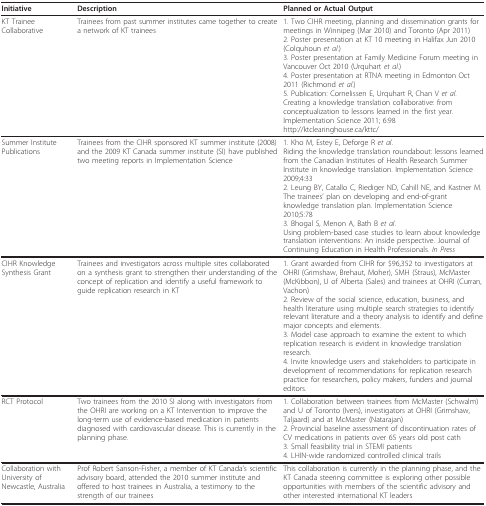
| Initiative | Description | Planned or Actual Output |
 | --- | --- | --- |
 | KT Trainee Collaborative | Trainees from past summer institutes came together to create a network of KT trainees | 1. Two CIHR meeting, planning and dissemination grants for meetings in Winnipeg (Mar 2010) and Toronto (Apr 2011)2. Poster presentation at KT 10 meeting in Halifax Jun 2010 (Colquhoun et al.)3. Poster presentation at Family Medicine Forum meeting in Vancouver Oct 2010 (Urquhart et al.)4. Poster presentation at RTNA meeting in Edmonton Oct 2011 (Richmond et al.)5. Publication: Cornelissen E, Urquhart R, Chan V et al. Creating a knowledge translation collaborative: from conceptualization to lessons learned in the first year. Implementation Science 2011; 6:98http://ktclearinghouse.ca/kttc/ |
 | Summer Institute Publications | Trainees from the CIHR sponsored KT summer institute (2008) and the 2009 KT Canada summer institute (SI) have published two meeting reports in Implementation Science | 1. Kho M, Estey E, Deforge R et al.Riding the knowledge translation roundabout: lessons learned from the Canadian Institutes of Health Research Summer Institute in knowledge translation. Implementation Science 2009;4:332. Leung BY, Catallo C, Riediger ND, Cahill NE, and Kastner M. The trainees' plan on developing and end-of-grant knowledge translation plan. Implementation Science 2010;5:783. Bhogal S, Menon A, Bath B et al.Using problem-based case studies to learn about knowledge translation interventions: An inside perspective. Journal of Continuing Education in Health Professionals. In Press |
 | CIHR Knowledge Synthesis Grant | Trainees and investigators across multiple sites collaborated on a synthesis grant to strengthen their understanding of the concept of replication and identify a useful framework to guide replication research in KT | 1. Grant awarded from CIHR for $96,352 to investigators at OHRI (Grimshaw, Brehaut, Moher), SMH (Straus), McMaster (McKibbon), U of Alberta (Sales) and trainees at OHRI (Curran, Vachon)2. Review of the social science, education, business, and health literature using multiple search strategies to identify relevant literature and a theory analysis to identify and define major concepts and elements.3. Model case approach to examine the extent to which replication research is evident in knowledge translation research.4. Invite knowledge users and stakeholders to participate in development of recommendations for replication research practice for researchers, policy makers, funders and journal editors. |
 | RCT Protocol | Two trainees from the 2010 SI along with investigators from the OHRI are working on a KT Intervention to improve the long-term use of evidence-based medication in patients diagnosed with cardiovascular disease. This is currently in the planning phase. | 1. Collaboration between trainees from McMaster (Schwalm) and U of Toronto (Ivers), investigators at OHRI (Grimshaw, Taljaard) and at McMaster (Natarajan)2. Provincial baseline assessment of discontinuation rates of CV medications in patients over 65 years old post cath3. Small feasibility trial in STEMI patients4. LHIN-wide randomized controlled clinical trails |
 | Collaboration with University of Newcastle, Australia | Prof Robert Sanson-Fisher, a member of KT Canada's scientific advisory board, attended the 2010 summer institute and offered to host trainees in Australia, a testimony to the strength of our trainees | This collaboration is currently in the planning phase, and the KT Canada steering committee is exploring other possible opportunities with members of the scientific advisory and other interested international KT leaders |